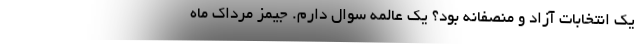
یک انتخابات آزاد و منصفانه بود؟ یک عالمه سوال دارم. جیمز مرداک ماه